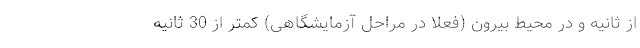
از ثانیه و در محیط بیرون (فعلا در مراحل آزمایشگاهی) کمتر از 30 ثانیه